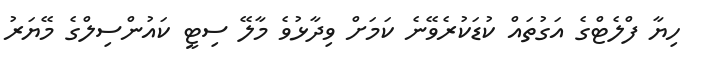
ހިޔާ ފްލެޓްގެ އަގުތައް ކުޑަކުރެވޭނެ ކަމަށް ވިދާޅުވެ މާލޭ ސިޓީ ކައުންސިލްގެ މޭޔަރު